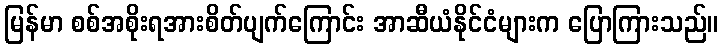
မြန်မာ စစ်အစိုးရအားစိတ်ပျက်ကြောင်း အာဆီယံနိုင်ငံများက ပြောကြားသည်။